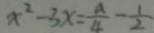
x ^ { 2 } - 3 x = \frac { a } { 4 } - \frac { 1 } { 2 }